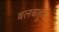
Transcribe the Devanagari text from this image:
बलबाहूने